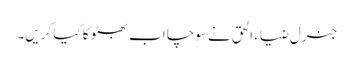
جنرل ضیاء الحق نے سوچا اب بھٹو کا کیا کریں۔